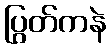
ပြွတ်ကနဲ